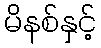
မိနစ်နှင့်